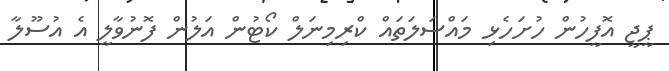
ޕީޖީ އޮފީހުން ހުށަހެޅި މައްސަލަތައް ކްރިމިނަލް ކޯޓުން އަލުން ފޮނުވާލީ އެ އުސޫލާ